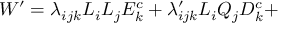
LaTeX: W ^ { \prime } = \lambda _ { i j k } L _ { i } L _ { j } E _ { k } ^ { c } + \lambda _ { i j k } ^ { \prime } L _ { i } Q _ { j } D _ { k } ^ { c } +